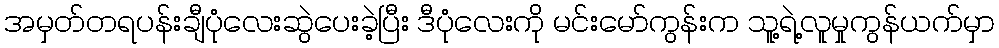
အမှတ်တရပန်းချီပုံလေးဆွဲပေးခဲ့ပြီး ဒီပုံလေးကို မင်းမော်ကွန်းက သူ့ရဲ့လူမှုကွန်ယက်မှာ